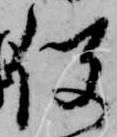
役